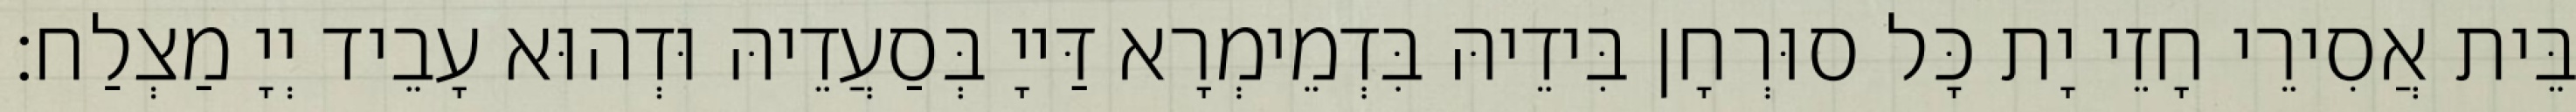
בֵּית אֲסִירֵי חָזֵי יָת כָּל סוּרְחָן בִּידֵיהּ בִּדְמֵימְרָא דַּייָ בְּסַעֲדֵיהּ וּדְהוּא עָבֵיד יְיָ מַצְלַח׃